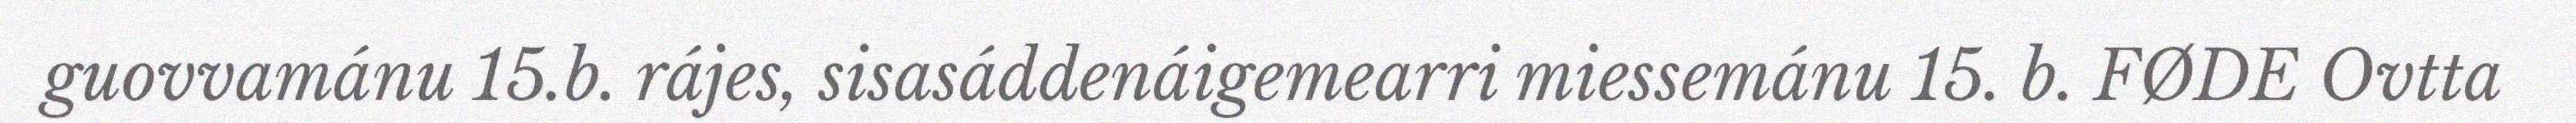
guovvamánu 15.b. rájes, sisasáddenáigemearri miessemánu 15. b. FØDE Ovtta